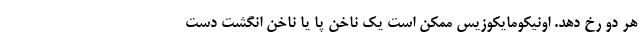
هر دو رخ دهد. اونیکومایکوزیس ممکن است یک ناخن پا یا ناخن انگشت دست